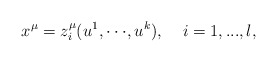
\begin{align*}x^\mu =z_i^\mu (u^1,\cdot \cdot \cdot ,u^k),\;\;\;\;i=1,...,l,\end{align*}